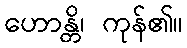
ဟောန္တိ၊ ကုန်၏။